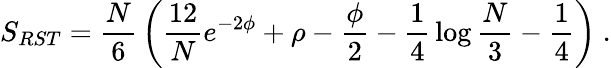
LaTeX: S_{RST}={\frac{N}{6}}\left({\frac{12}{N}}e^{-2\phi}+\rho-{\frac{\phi}{2}}-{\frac{1}{4}}\log{\frac{N}{3}}-{\frac{1}{4}}\right)\ .